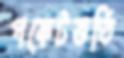
পকেটভর্তি